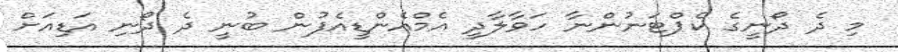
މި ދެ ދޯނީގެ ކެޕްޓަނުންނާ ހަވާލާދީ އެމްއެންޑީއެފުން ބުނީ ދެ ދޯނި އަޑިއަށް